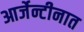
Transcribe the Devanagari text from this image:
आर्जेन्टीनात